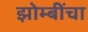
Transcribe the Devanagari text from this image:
झोम्बींचा